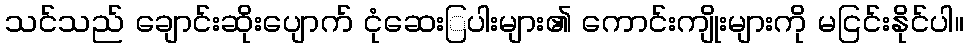
သင်သည် ချောင်းဆိုးပျောက် ငုံဆေးြပါးများ၏ ကောင်းကျိုးများကို မငြင်းနိုင်ပါ။